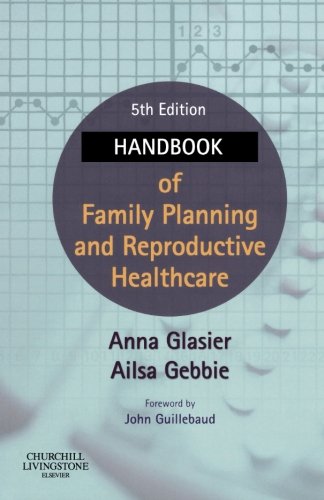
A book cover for Handbook of Family Planning and Reproductive Healthcare, 5e; Anna Glasier BSc  MD  DSc  FRCOG  FFPRHC  OBE; Politics & Social Sciences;